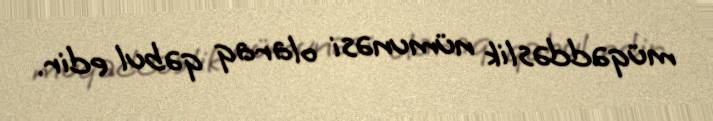
müqəddəslik nümunəsi olaraq qəbul edir.